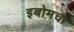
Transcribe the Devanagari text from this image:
इबोमचा